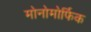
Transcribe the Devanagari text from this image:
मोनोमोर्फिक